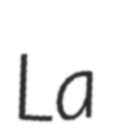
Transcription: La